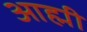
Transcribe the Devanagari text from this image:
आह्मी